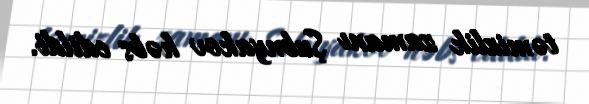
təmizlik zamanı Şubnyakov həbs edildi.